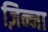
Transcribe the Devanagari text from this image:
ज़िन्ना